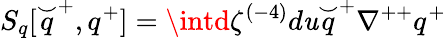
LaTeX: S_{q}[\stackrel{\smile}{q}^{+},q^{+}]=\intd\zeta^{(-4)}d\mathit{u}\stackrel{\smile}{q}^{+}\nabla^{++}q^{+}